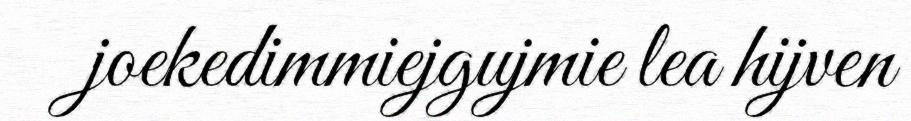
joekedimmiejgujmie lea hijven